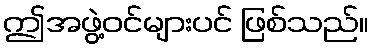
ဤအဖွဲ့ဝင်များပင် ဖြစ်သည်။